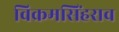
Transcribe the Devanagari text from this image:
विक्रमसिंहराव